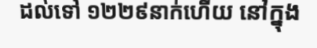
ដល់ទៅ ១២២៩នាក់ហើយ នៅក្នុង